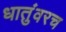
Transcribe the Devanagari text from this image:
धातुंवरच